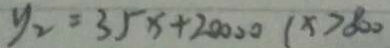
y _ { 2 } = 3 5 x + 2 0 0 0 0 ( x > 8 0 0 )